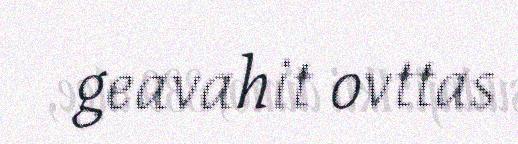
geavahit ovttas